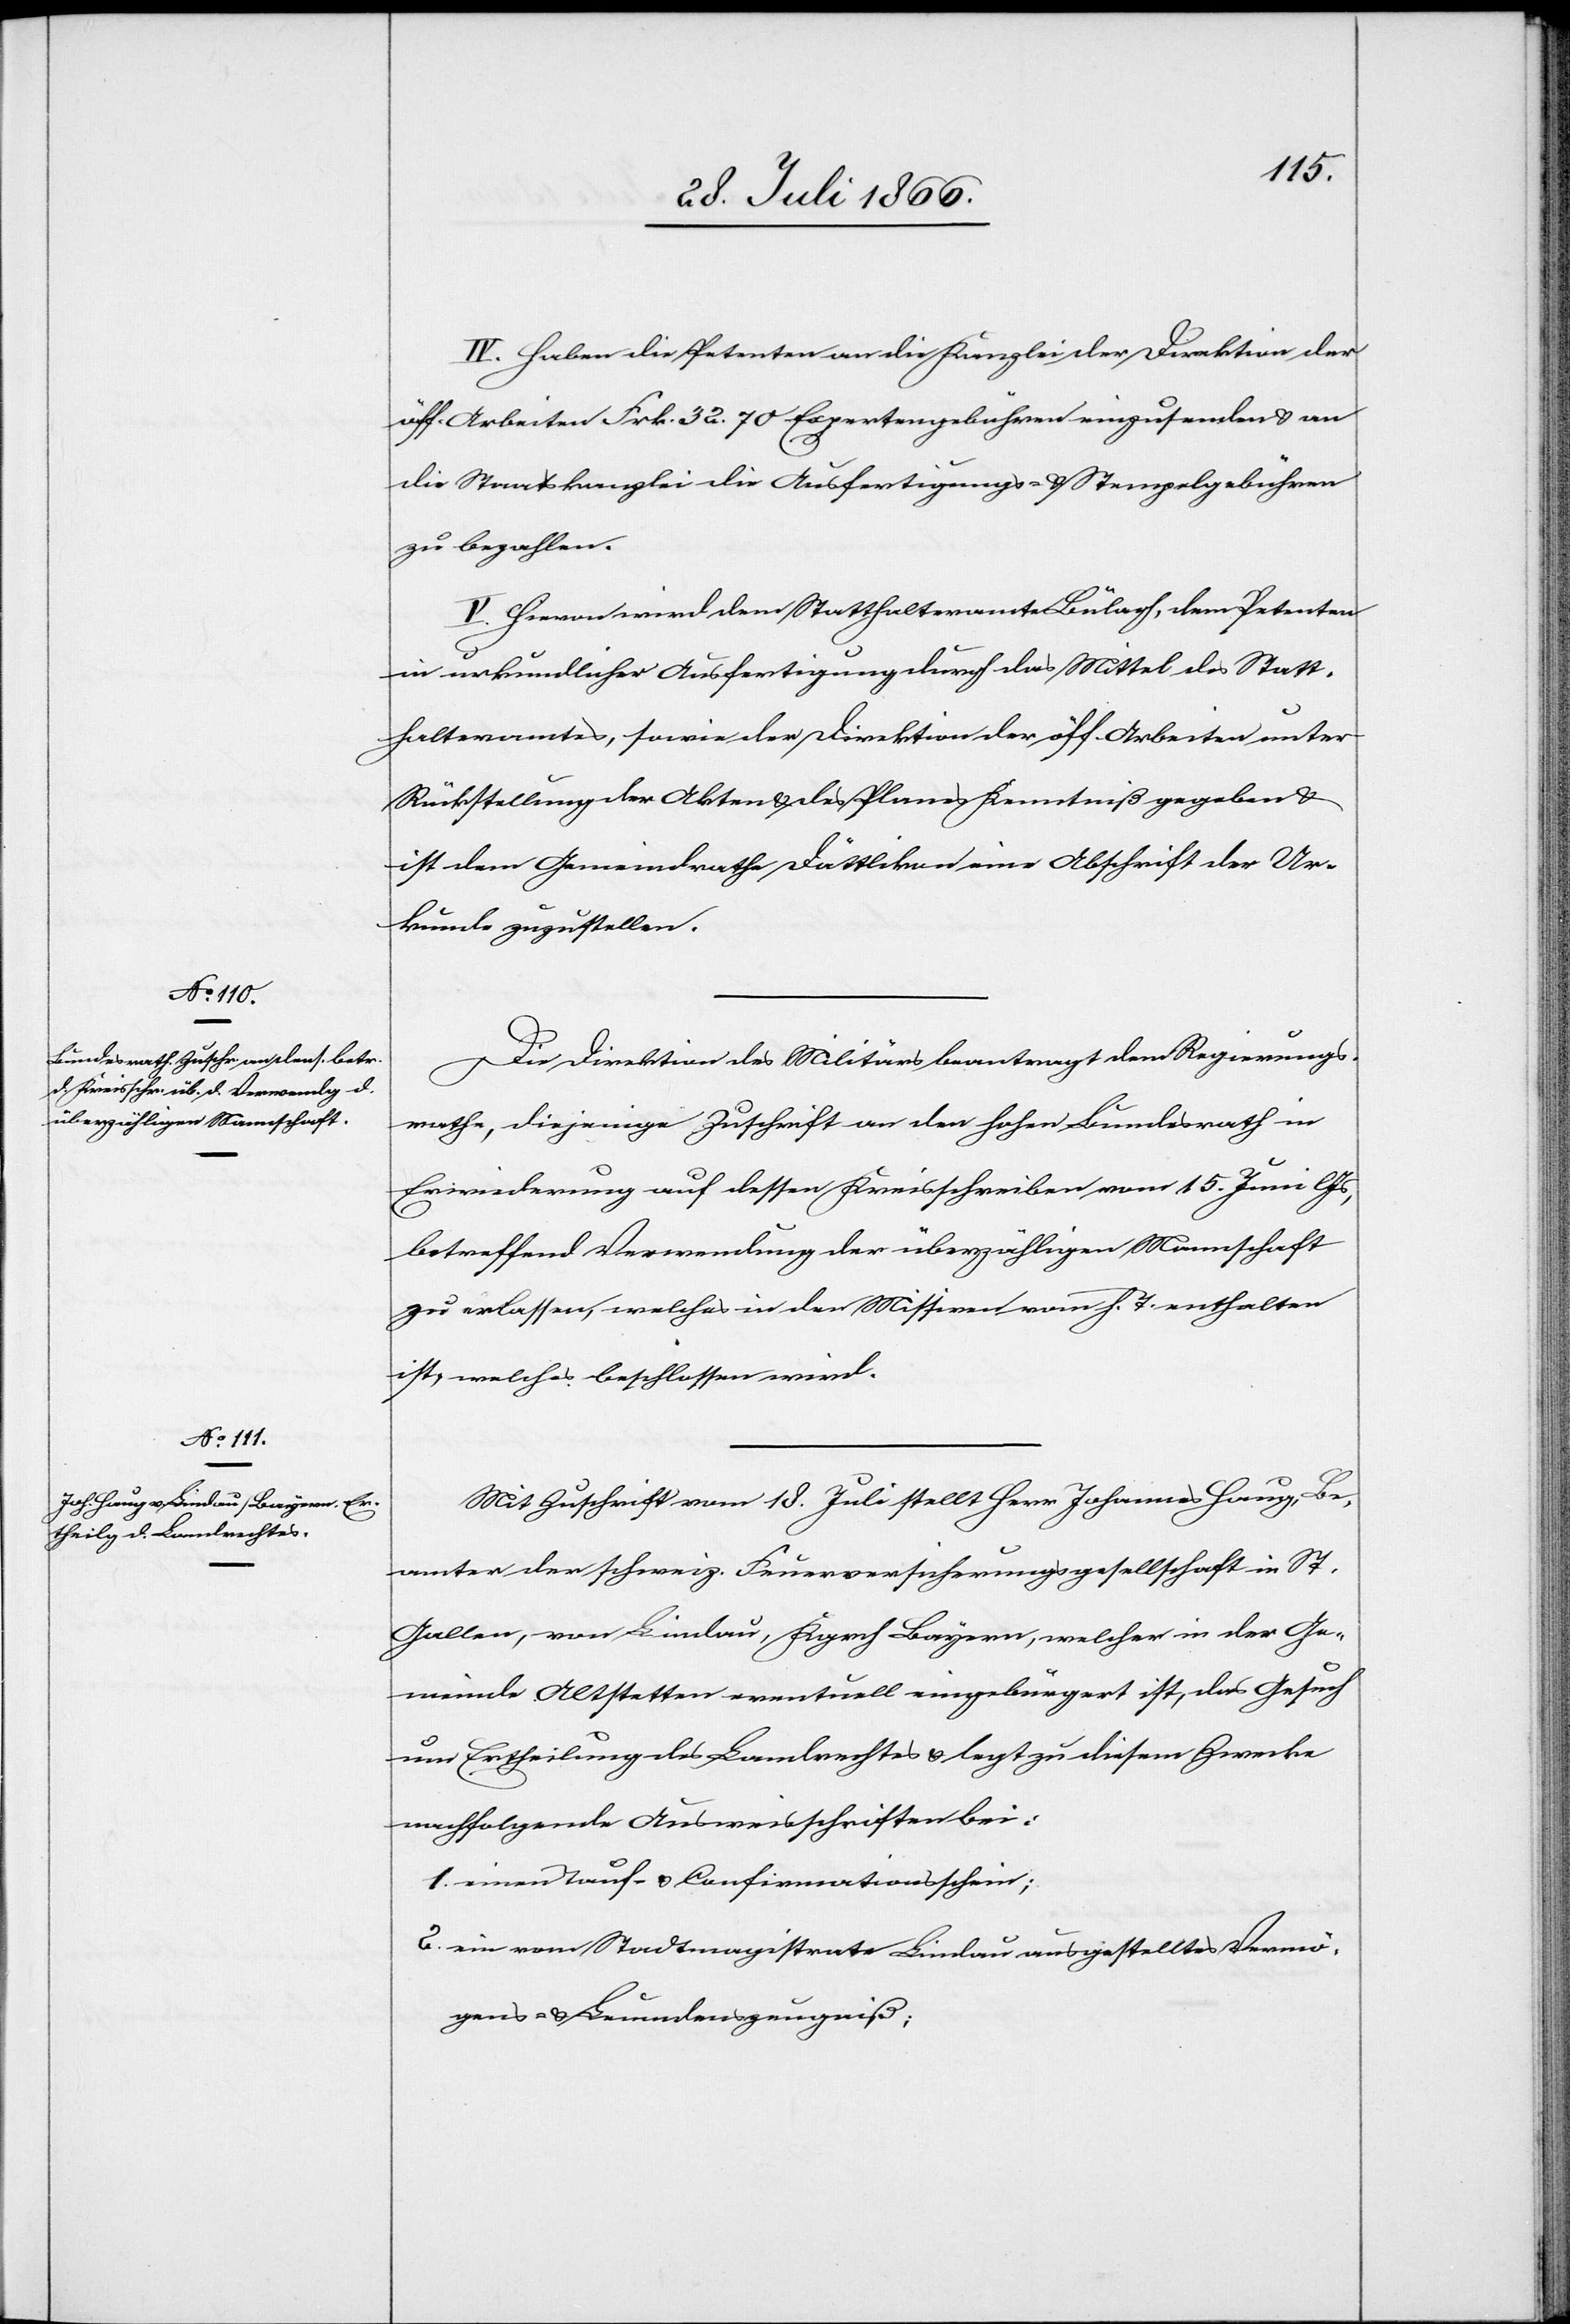
IV. Haben die Petenten an die Kanzlei der Direktion der
öff. Arbeiten Frk. 32.70 Expertengebühren einzusenden u. an
die Staatskanzlei die Ausfertigungs- u. Stempelgebühren
zu bezahlen.
V. Hievon wird dem Statthalteramte Bülach, dem Petenten
in urkundlicher Ausfertigung durch das Mittel des Statt¬
halteramtes, sowie der Direktion der öff. Arbeiten unter
Rückstellung der Akten u. des Planes Kenntniß gegeben u.
ist dem Gemeindrathe Dättlikon eine Abschrift der Ur¬
kunde zuzustellen.
Die Direktion des Militärs beantragt dem Regierungs¬
rathe, diejenige Zuschrift an den hohen Bundesrath in
Erwiederung auf dessen Kreisschreiben vom 15. Juni l Js,
betreffend Verwendung der überzähligen Mannschaft
zu erlassen, welches in den Missiven vom h. T. enthalten
ist, welches beschlossen wird.
Mit Zuschrift vom 18. Juli stellt Herr Johannes Haug, Be¬
amter der schweiz. Feuerversicherungsgesellschaft in St.
Gallen, von Lindau, Kgrch. Bayern, welcher in der Ge¬
meinde Altstetten eventuell eingebürgert ist, das Gesuch
um Ertheilung des Landrechtes u. legt zu diesem Zwecke
nachfolgende Ausweisschriften bei:
1. einen Tauf- u. Confirmationsschein;
2. ein vom Stadtmagistraten Lindau ausgestelltes Vermö¬
gens- u. Leumundszeugniß;